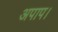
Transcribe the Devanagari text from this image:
अपाप।